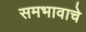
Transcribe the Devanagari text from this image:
समभावाचे